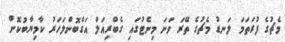
މެޗުގެ ފުރަތަމަ ލަނޑު މެޗުގެ ތޭރަ ވަނަ މިނެޓުގައި ގެބްރިއަލް އަގްބޮންލަހަރު ކާމިޔާބުކޮށް